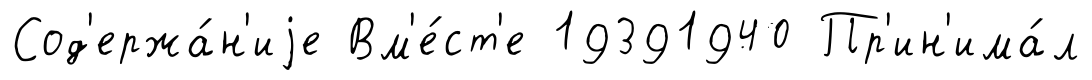
Сод'ержа́н'иjе Вм'е́ст'е 19391940 Пр'ин'има́л